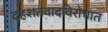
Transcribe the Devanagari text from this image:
दहशतवादविरोधात